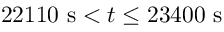
2 2 1 1 0 \ \mathrm { s } < t \leq 2 3 4 0 0 \ \mathrm { s }